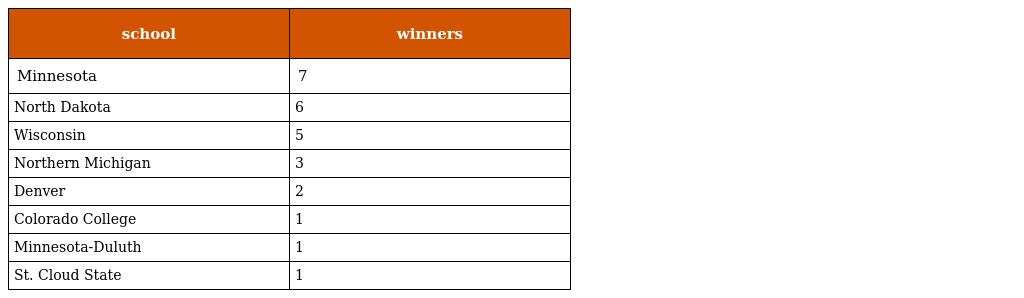
| school | winners |
 | --- | --- |
 | Minnesota | 7 |
 | North Dakota | 6 |
 | Wisconsin | 5 |
 | Northern Michigan | 3 |
 | Denver | 2 |
 | Colorado College | 1 |
 | Minnesota-Duluth | 1 |
 | St. Cloud State | 1 |